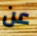
عن